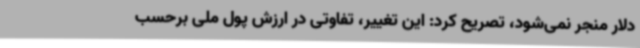
دلار منجر نمی‌شود، تصریح کرد: این تغییر، تفاوتی در ارزش پول ملی برحسب